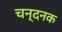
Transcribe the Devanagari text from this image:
चन्दनक